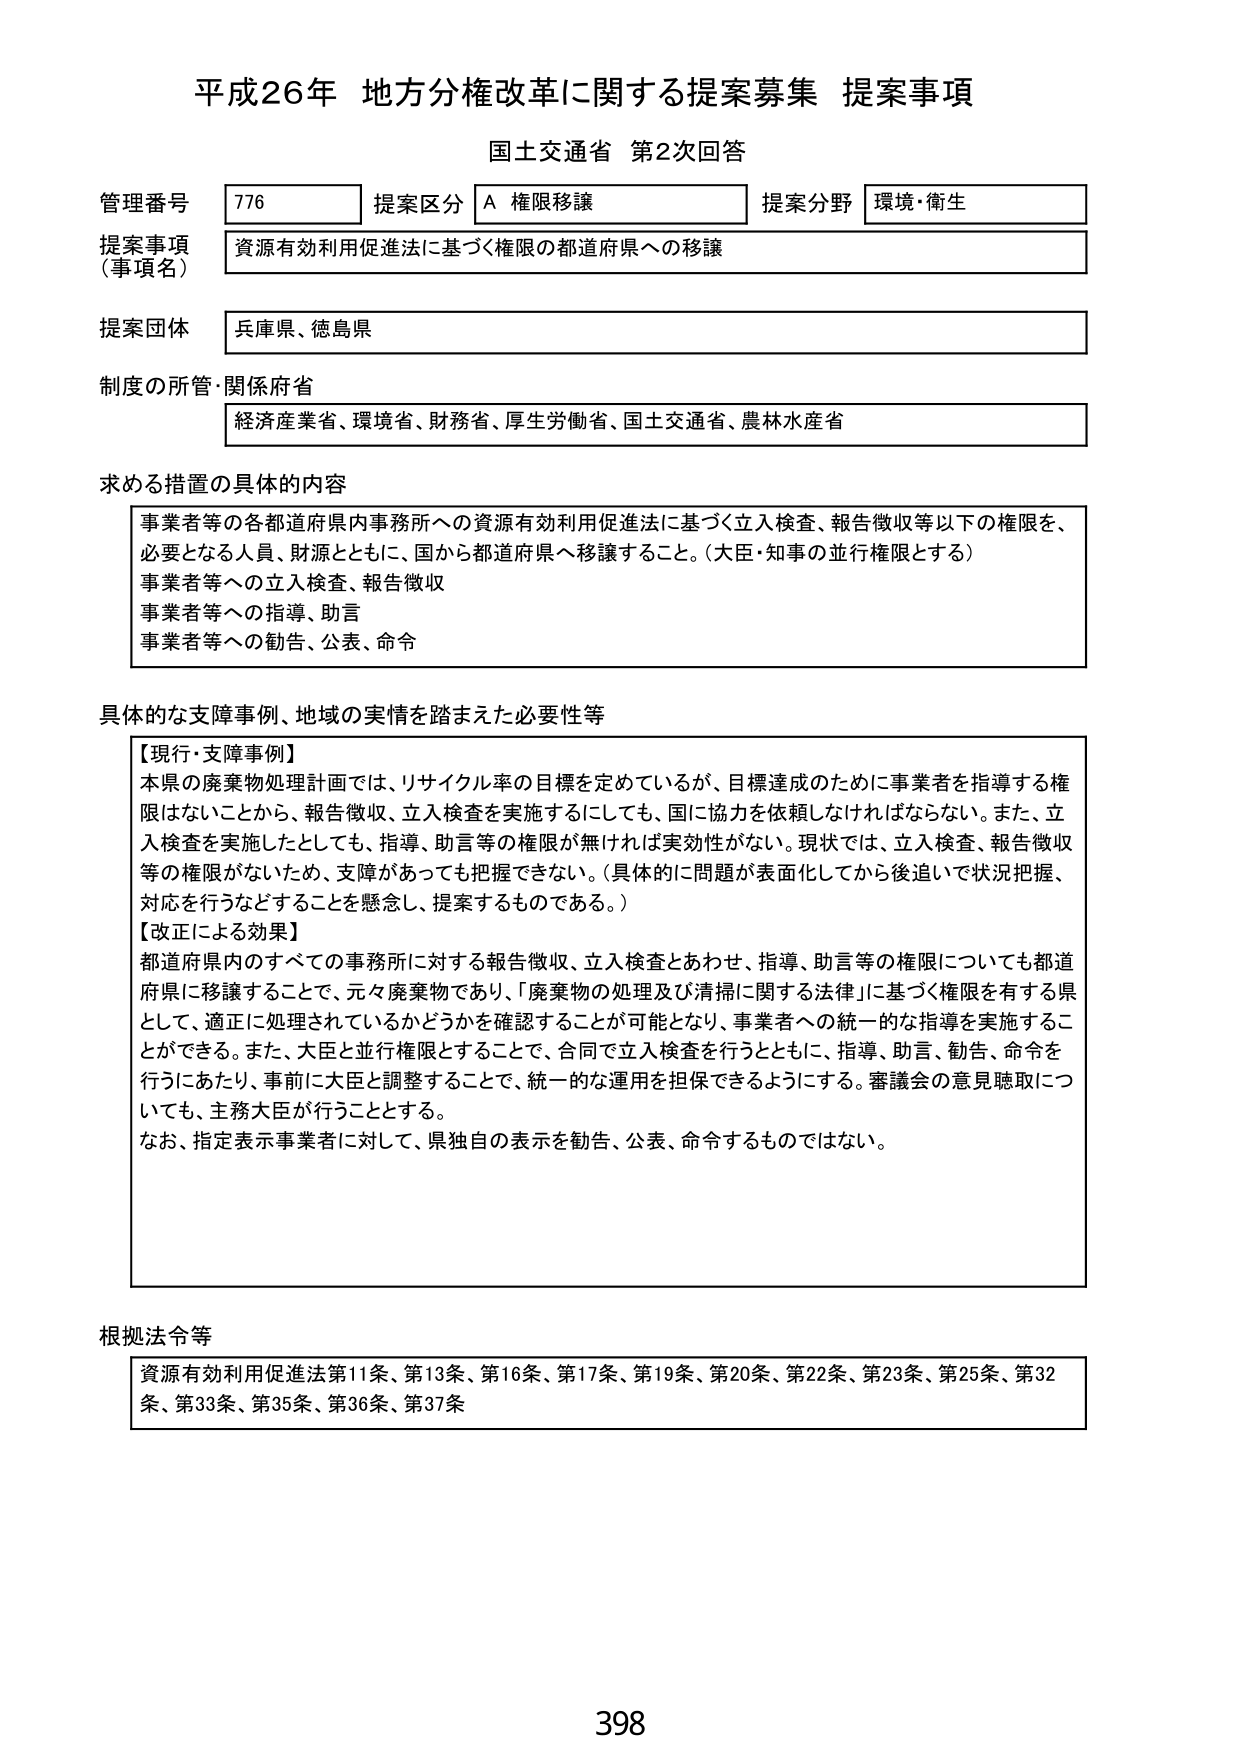
平成26年 地方分権改革に関する提案募集 提案事項
国土交通省 第2次回答

管理番号 776 提案区分 A 権限移譲 提案分野 環境・衛生
提案事項（事項名） 資源有効利用促進法に基づく権限の都道府県への移譲
提案団体 兵庫県、徳島県
制度の所管・関係府省 経済産業省、環境省、財務省、厚生労働省、国土交通省、農林水産省

求める措置の具体的内容
事業者等の各都道府県内事務所への資源有効利用促進法に基づく立入検査、報告徴収等以下の権限を、
必要となる人員、財源とともに、国から都道府県へ移譲すること。（大臣・知事の並行権限とする）
事業者等への立入検査、報告徴収
事業者等への指導、助言
事業者等への勧告、公表、命令

具体的な支障事例、地域の実情を踏まえた必要性等
【現行・支障事例】
本県の廃棄物処理計画では、リサイクル率の目標を定めているが、目標達成のために事業者を指導する権限はないことから、報告徴収、立入検査を実施するにしても、国に協力を依頼しなければならない。また、立入検査を実施したとしても、指導、助言等の権限が無ければ実効性がない。現状では、立入検査、報告徴収等の権限がないため、支障があっても把握できない。（具体的に問題が表面化してから後追いで状況把握、対応を行うなどすることを懸念し、提案するものである。）
【改正による効果】
都道府県内のすべての事務所に対する報告徴収、立入検査とあわせ、指導、助言等の権限についても都道府県に移譲することで、元々廃棄物であり、「廃棄物の処理及び清掃に関する法律」に基づく権限を有する県として、適正に処理されているかどうかを確認することが可能となり、事業者への統一的な指導を実施することができる。また、大臣と並行権限とすることで、合同で立入検査を行うとともに、指導、助言、勧告、命令を行うにあたり、事前に大臣と調整することで、統一的な運用を担保できるようにする。審議会の意見聴取についても、主務大臣が行うこととする。
なお、指定表示事業者に対して、県独自の表示を勧告、公表、命令するものではない。

根拠法令等
資源有効利用促進法第11条、第13条、第16条、第17条、第19条、第20条、第22条、第23条、第25条、第32条、第33条、第35条、第36条、第37条

398